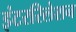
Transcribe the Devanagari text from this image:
इंटररिलेशन